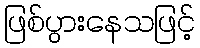
ဖြစ်ပွားနေသဖြင့်